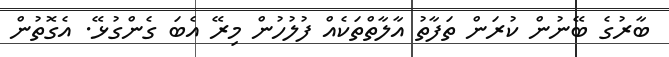
ބާރުގެ ބޭނުން ކުރަން ތަފާތު އާލާތްތަކެއް ފުލުހުން މިރޭ އެބަ ގެންގުޅޭ. އެގޮތުން